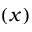
( x )